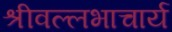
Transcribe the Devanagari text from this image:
श्रीवल्‍लभाचार्य